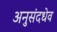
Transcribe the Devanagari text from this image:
अनुसंदधेव